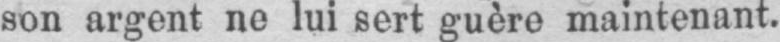
son argent ne lui sert guère maintenant.